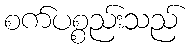
စက်ပစ္စည်းသည်